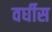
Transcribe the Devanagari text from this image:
वर्घीस